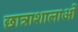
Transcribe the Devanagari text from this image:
छात्राशालाओं